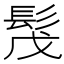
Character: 𩬕